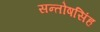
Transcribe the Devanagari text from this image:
सन्तोषसिंह